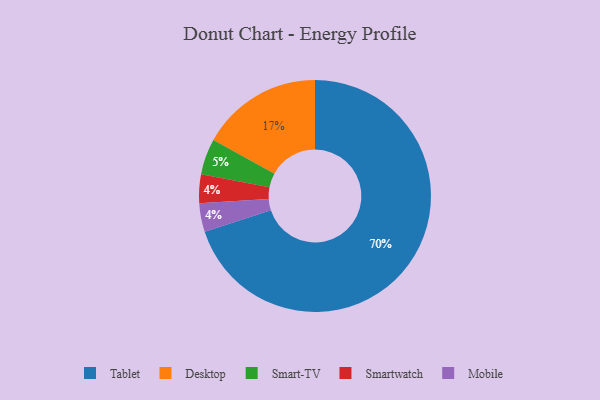
{"axis": {"x": "Category", "y": "Percentage"}, "legend": ["Desktop", "Mobile", "Smart-TV", "Smartwatch", "Tablet"], "data": [{"x": "Tablet", "y": 70, "type": "Tablet"}, {"x": "Smartwatch", "y": 4, "type": "Smartwatch"}, {"x": "Desktop", "y": 17, "type": "Desktop"}, {"x": "Mobile", "y": 4, "type": "Mobile"}, {"x": "Smart-TV", "y": 5, "type": "Smart-TV"}]}